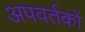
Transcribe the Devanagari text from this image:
अपवर्तकों